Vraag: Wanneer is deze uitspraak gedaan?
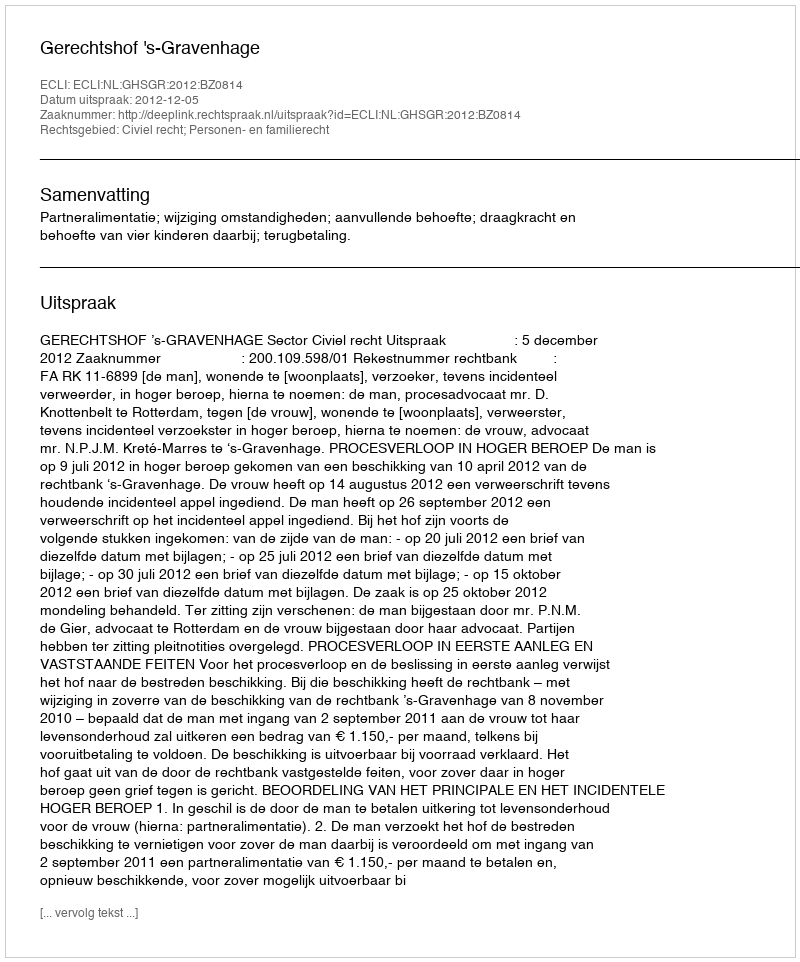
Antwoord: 2012-12-05